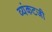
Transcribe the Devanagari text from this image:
व्यंकटजी